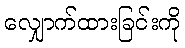
လျှောက်ထားခြင်းကို